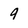
Character: 9